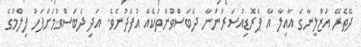
ދޭތެރޭ އަޒްލީނާގެ އާއިލާ އާ ޕްރޮޑިއުސަރުންނާ ދެބަސްވުންތަކެއް އުފެދުނެވެ. އަދި ދެބަސްވުމަށްފަހު ފިލްމުގެ